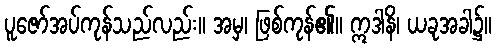
ပူဇော်အပ်ကုန်သည်လည်း။ အမှ၊ ဖြစ်ကုန်၏။ ဣဒါနိ၊ ယခုအခါ၌။